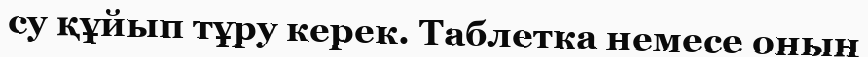
су құйып тұру керек. Таблетка немесе оның